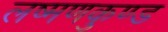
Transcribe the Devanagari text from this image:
लष्मणकुण्ड